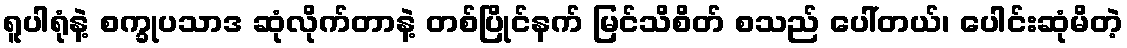
ရူပါရုံနဲ့ စက္ခုပသာဒ ဆုံလိုက်တာနဲ့ တစ်ပြိုင်နက် မြင်သိစိတ် စသည် ပေါ်တယ်၊ ပေါင်းဆုံမိတဲ့